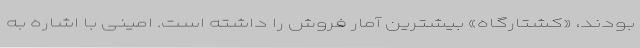
بودند، «کشتارگاه» بیشترین آمار فروش را داشته است. امینی با اشاره به